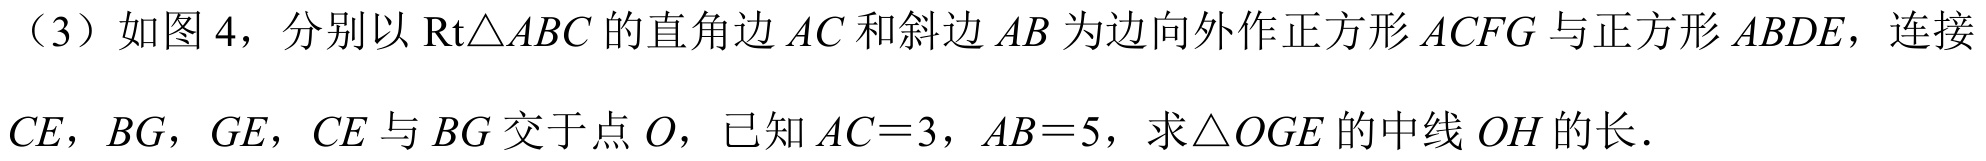
（3）如图 4，分别以\(\text{Rt}\triangle ABC\)的直角边 \(AC\) 和斜边 \(AB\) 为边向外作正方形 \(ACFG\) 与正方形 \(ABDE\)，连接 \(CE\)，\(BG\)，\(GE\)，\(CE\) 与 \(BG\) 交于点 \(O\)，已知 \(AC = 3\)，\(AB = 5\)，求\(\triangle OGE\)的中线 \(OH\) 的长．